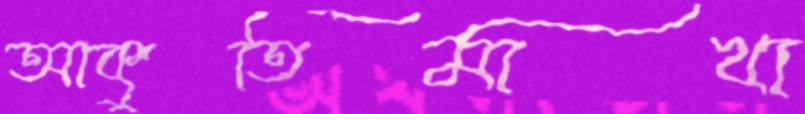
আকুতিমাখা